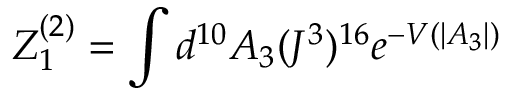
{ \cal Z } _ { 1 } ^ { ( 2 ) } = \int d ^ { 1 0 } A _ { 3 } ( J ^ { 3 } ) ^ { 1 6 } e ^ { - V ( | A _ { 3 } | ) }